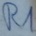
Text: R1